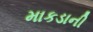
માકડાની